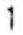
1